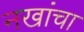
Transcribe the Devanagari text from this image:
नखांचा